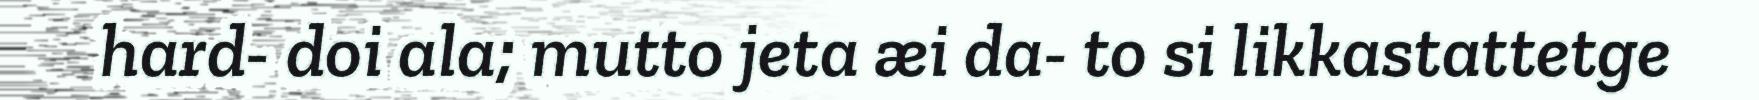
hard- doi ala; mutto jeta æi da- to si likkastattetge